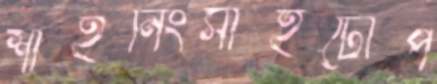
শাইনিংসাইটোপ